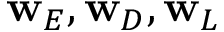
\mathbf { w } _ { E } , \mathbf { w } _ { D } , \mathbf { w } _ { L }